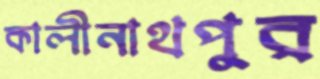
কালীনাথপুর